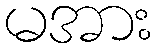
မအား